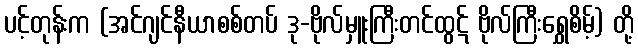
ပင့်တုန်းက (အင်ဂျင်နီယာစစ်တပ် ဒု-ဗိုလ်မှူးကြီးတင်ထွဋ် ဗိုလ်ကြီးရွှေစိမ့်) တို့